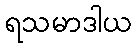
ရသမာဒါယ